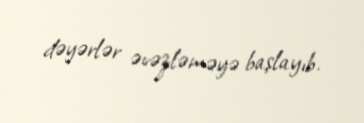
dəyərlər əvəzləməyə başlayıb.